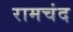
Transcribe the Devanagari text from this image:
रामचंद